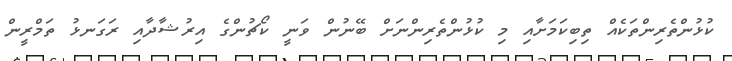
ކުޅުންތެރިންތަކެއް ތިބިކަމަށާއި މި ކުޅުންތެރިންނަށް ބޭނުން ވަނީ ކޯޗުންގެ އިރުޝާދާއި ރަގަނޅު ތަމްރީން